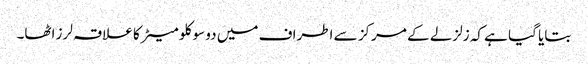
بتایا گیا ہے کہ زلزلے کے مرکز سے اطراف میں دو سو کلو میٹر کا علاقہ لرز اٹھا۔